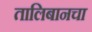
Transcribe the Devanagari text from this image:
तालिबानचा